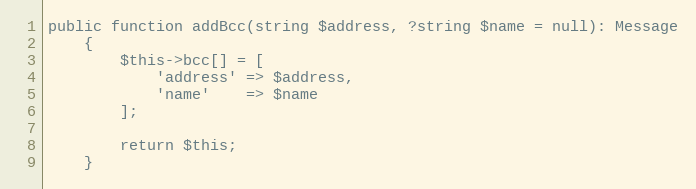
Language: PHP
public function addBcc(string $address, ?string $name = null): Message
    {
        $this->bcc[] = [
            'address' => $address,
            'name'    => $name
        ];

        return $this;
    }